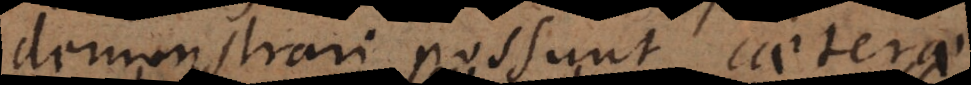
demonstrari possunt caetera